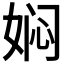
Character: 𭑽